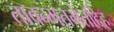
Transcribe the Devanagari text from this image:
तावन्मतमेतदिह